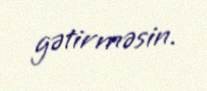
gətirməsin.